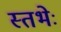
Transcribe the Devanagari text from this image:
स्तभेः